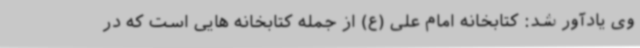
وی یادآور شد: کتابخانه امام علی (ع) از جمله کتابخانه هایی است که در